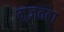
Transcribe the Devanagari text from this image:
मुज़तबा